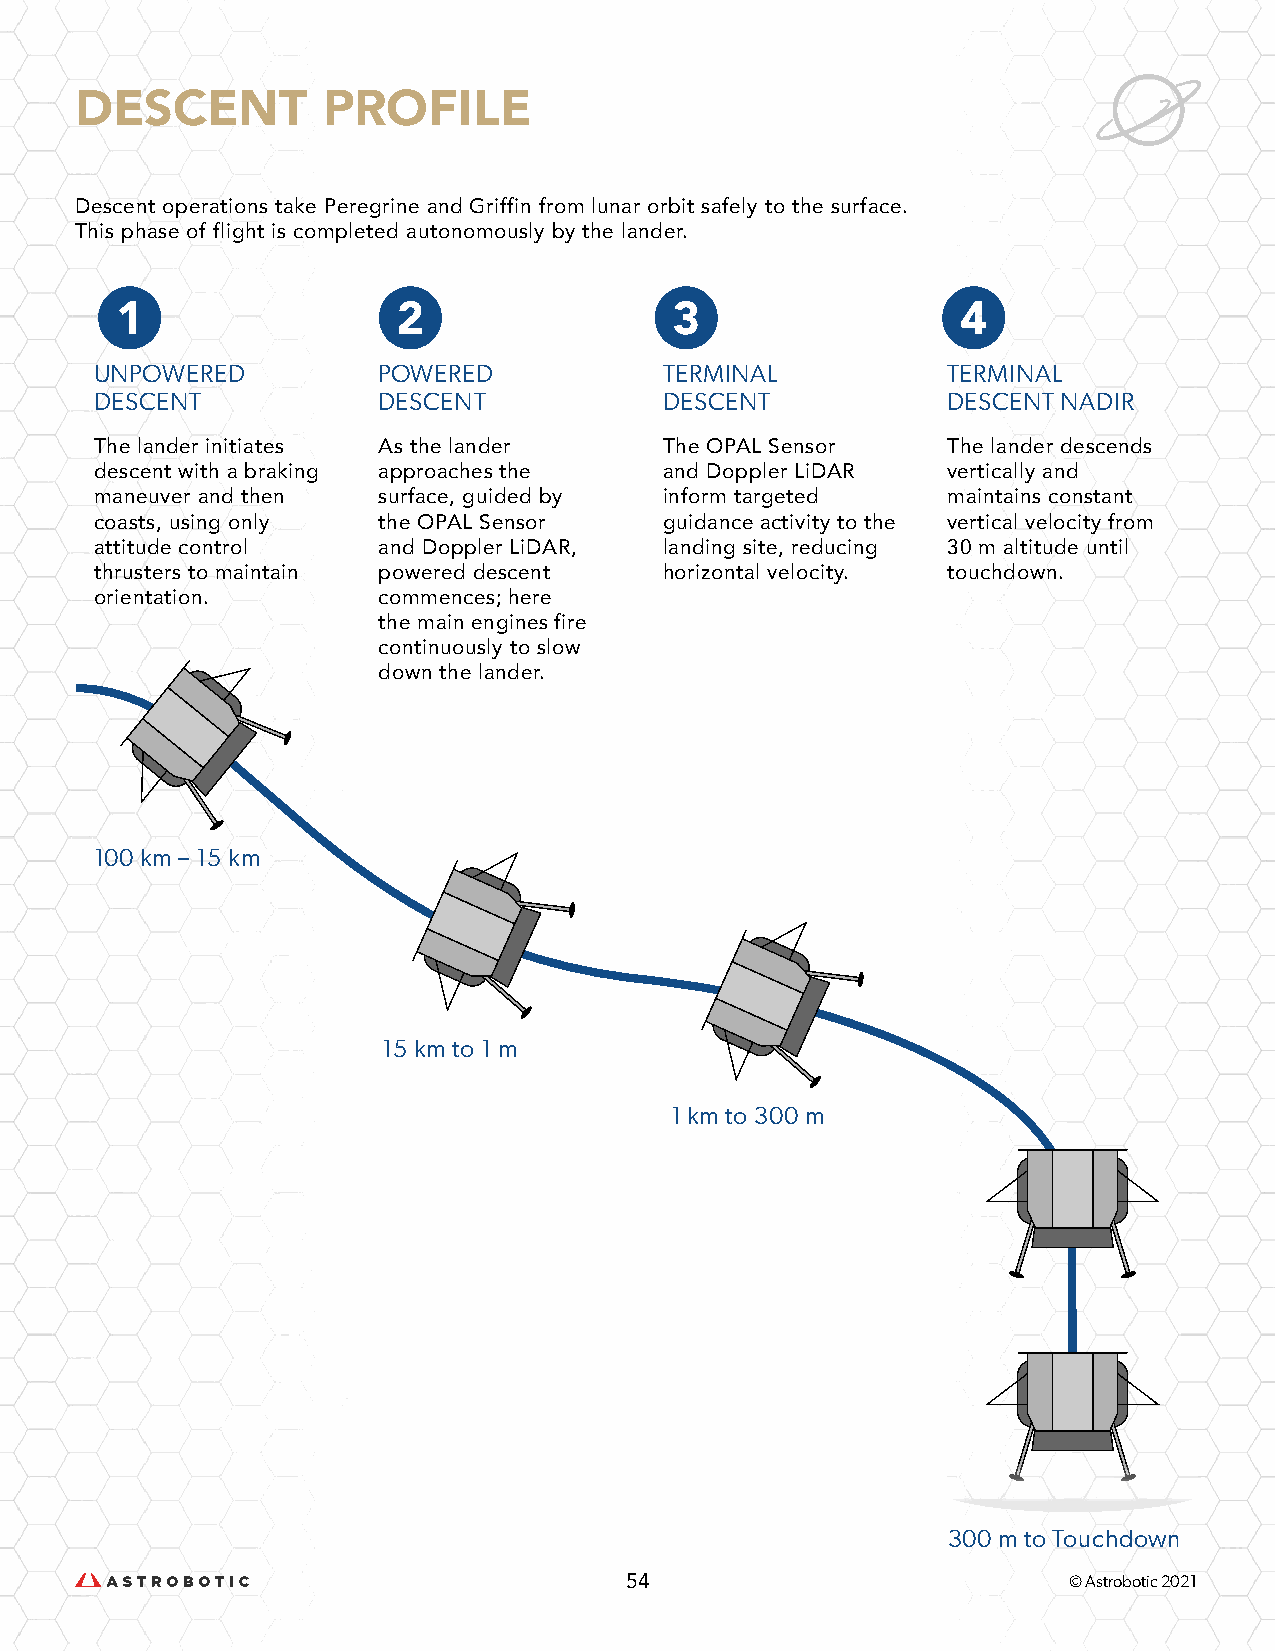
DESCENT         PROFILE
 Descent operations take Peregrine and Griffin from lunar orbit safely to the surface.
 This phase of flight is completed autonomously by the lander.
 UNPOWERED          POWERED            TERMINAL           TERMINAL
 DESCENT            DESCENT            DESCENT            DESCENT NADIR
 The lander initiates As the lander    The OPAL Sensor    The lander descends
 descent with a braking approaches the and Doppler LiDAR  vertically and
 maneuver and then  surface, guided by inform targeted    maintains constant
 coasts, using only the OPAL Sensor    guidance activity to the vertical velocity from
 attitude control   and Doppler LiDAR, landing site, reducing 30 m altitude until
 thrusters to maintain powered descent horizontal velocity. touchdown.
 orientation.       commences; here
 the main engines fire
 continuously to slow
 down the lander.
 100 km – 15 km
 15 km to 1 m
 1 km to 300 m
 300 m to Touchdown
 54                            © Astrobotic 2021